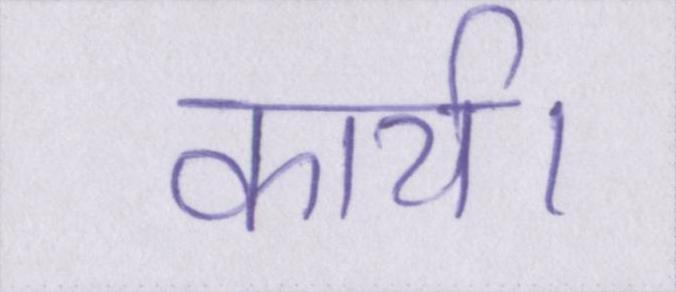
कार्य।